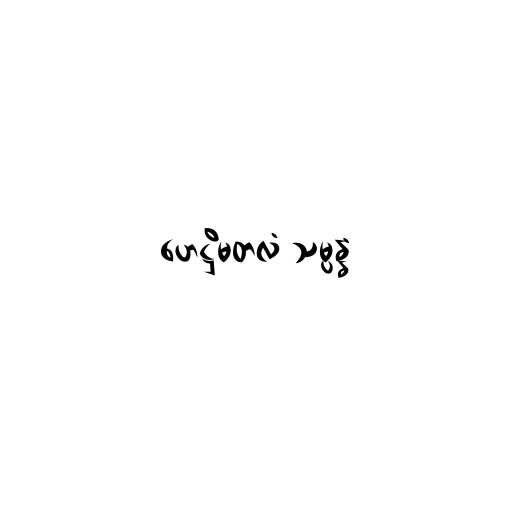
ဟေဋ္ဌိမတလံ သမ္ပန္နံ